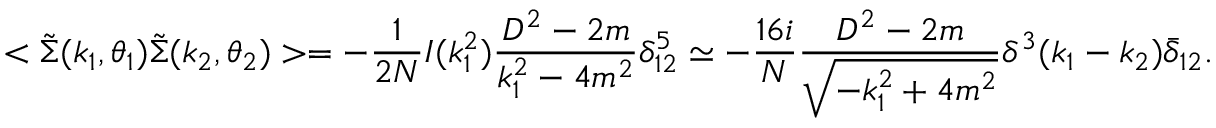
< \tilde { \Sigma } ( k _ { 1 } , \theta _ { 1 } ) \tilde { \Sigma } ( k _ { 2 } , \theta _ { 2 } ) > = - \frac { 1 } { 2 N } I ( k _ { 1 } ^ { 2 } ) \frac { D ^ { 2 } - 2 m } { k _ { 1 } ^ { 2 } - 4 m ^ { 2 } } \delta _ { 1 2 } ^ { 5 } \simeq - \frac { 1 6 i } { N } \frac { D ^ { 2 } - 2 m } { \sqrt { - k _ { 1 } ^ { 2 } + 4 m ^ { 2 } } } \delta ^ { 3 } ( k _ { 1 } - k _ { 2 } ) \bar { \delta } _ { 1 2 } .